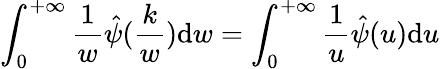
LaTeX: \int_{0}^{+\infty}\frac{1}{w}\hat{\psi}(\frac{k}{w})\mathrm{d}w=\int_{0}^{+\infty}\frac{1}{u}\hat{\psi}(u)\mathrm{d}u